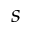
s